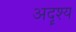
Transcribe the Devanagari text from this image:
अदॄश्य